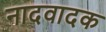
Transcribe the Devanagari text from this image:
नादवादक